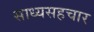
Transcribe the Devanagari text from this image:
साध्यसहचार